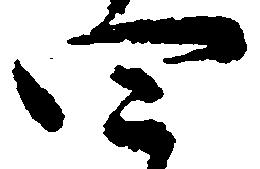
四